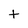
Character: t